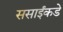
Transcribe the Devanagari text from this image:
ससाईंकडे